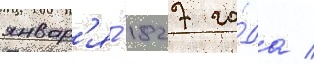
январ'я́ 1827 го́да /